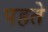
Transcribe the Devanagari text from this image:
पहते